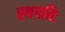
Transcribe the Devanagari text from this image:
स्थपतिः